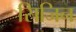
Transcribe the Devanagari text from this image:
सिजिन